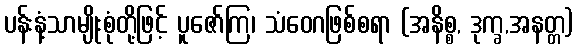
ပန်းနံ့သာမျိုးစုံတို့ဖြင့် ပူဇော်ကြ၊ သံဝေဂဖြစ်စရာ (အနိစ္စ, ဒုက္ခ,အနတ္တ)